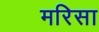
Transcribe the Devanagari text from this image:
मरिसा